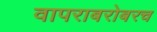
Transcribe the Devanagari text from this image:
वापराबरोबरच